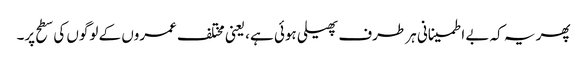
پھر یہ کہ بے اطمینانی ہر طرف پھیلی ہوئی ہے، یعنی مختلف عمروں کے لوگوں کی سطح پر۔